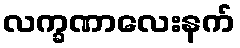
လက္ခဏာလေးနက်